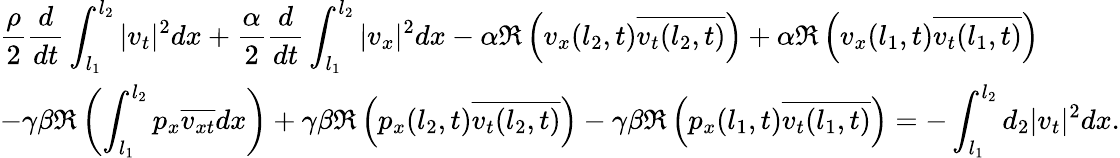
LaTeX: \begin{array}{l}{\displaystyle\frac{\rho}{2}\frac{d}{dt}\int_{l_{1}}^{l_{2}}|v_{t}|^{2}dx+\frac{\alpha}{2}\frac{d}{dt}\int_{l_{1}}^{l_{2}}|v_{x}|^{2}dx-\alpha\Re\left(v_{x}(l_{2},t)\overline{{v_{t}(l_{2},t)}}\right)+\alpha\Re\left(v_{x}(l_{1},t)\overline{{v_{t}(l_{1},t)}}\right)}\\ {\displaystyle-\gamma\beta\Re\left(\int_{l_{1}}^{l_{2}}p_{x}\overline{{v_{xt}}}dx\right)+\gamma\beta\Re\left(p_{x}(l_{2},t)\overline{{v_{t}(l_{2},t)}}\right)-\gamma\beta\Re\left(p_{x}(l_{1},t)\overline{{v_{t}(l_{1},t)}}\right)=-\int_{l_{1}}^{l_{2}}d_{2}|v_{t}|^{2}dx.}\end{array}